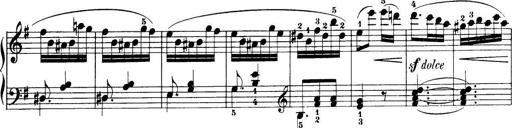
Title: 32 Sonatinas and Rondos for the Piano
Composer: Richard Kleinmichel